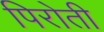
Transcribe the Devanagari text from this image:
पिरोती